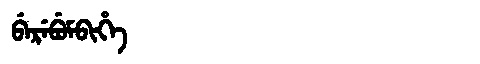
Manchu: ᠪᡝᡵᡝᠪᡠᠮᠪᡳᡥᡝ
Romanization: BEREBUMBIHE